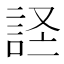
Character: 𫌹